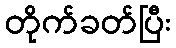
တိုက်ခတ်ပြီး